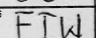
Transcription: FIW